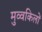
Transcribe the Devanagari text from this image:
मुव्वकिलों